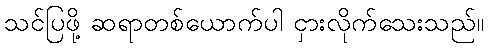
သင်ပြဖို့ ဆရာတစ်ယောက်ပါ ငှားလိုက်သေးသည်။